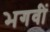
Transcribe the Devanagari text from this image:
भगवीं